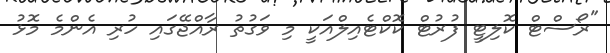
"ރޯސްޓް ކޮލިޓީ ފުރުޓް ކޮކްޓެއިލްއަކީ މި ވަގުތު ރާއްޖޭގައި ހުރި އެންމެ މޮޅު